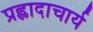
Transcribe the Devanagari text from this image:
प्रह्लादाचार्य